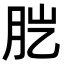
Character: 𦙏